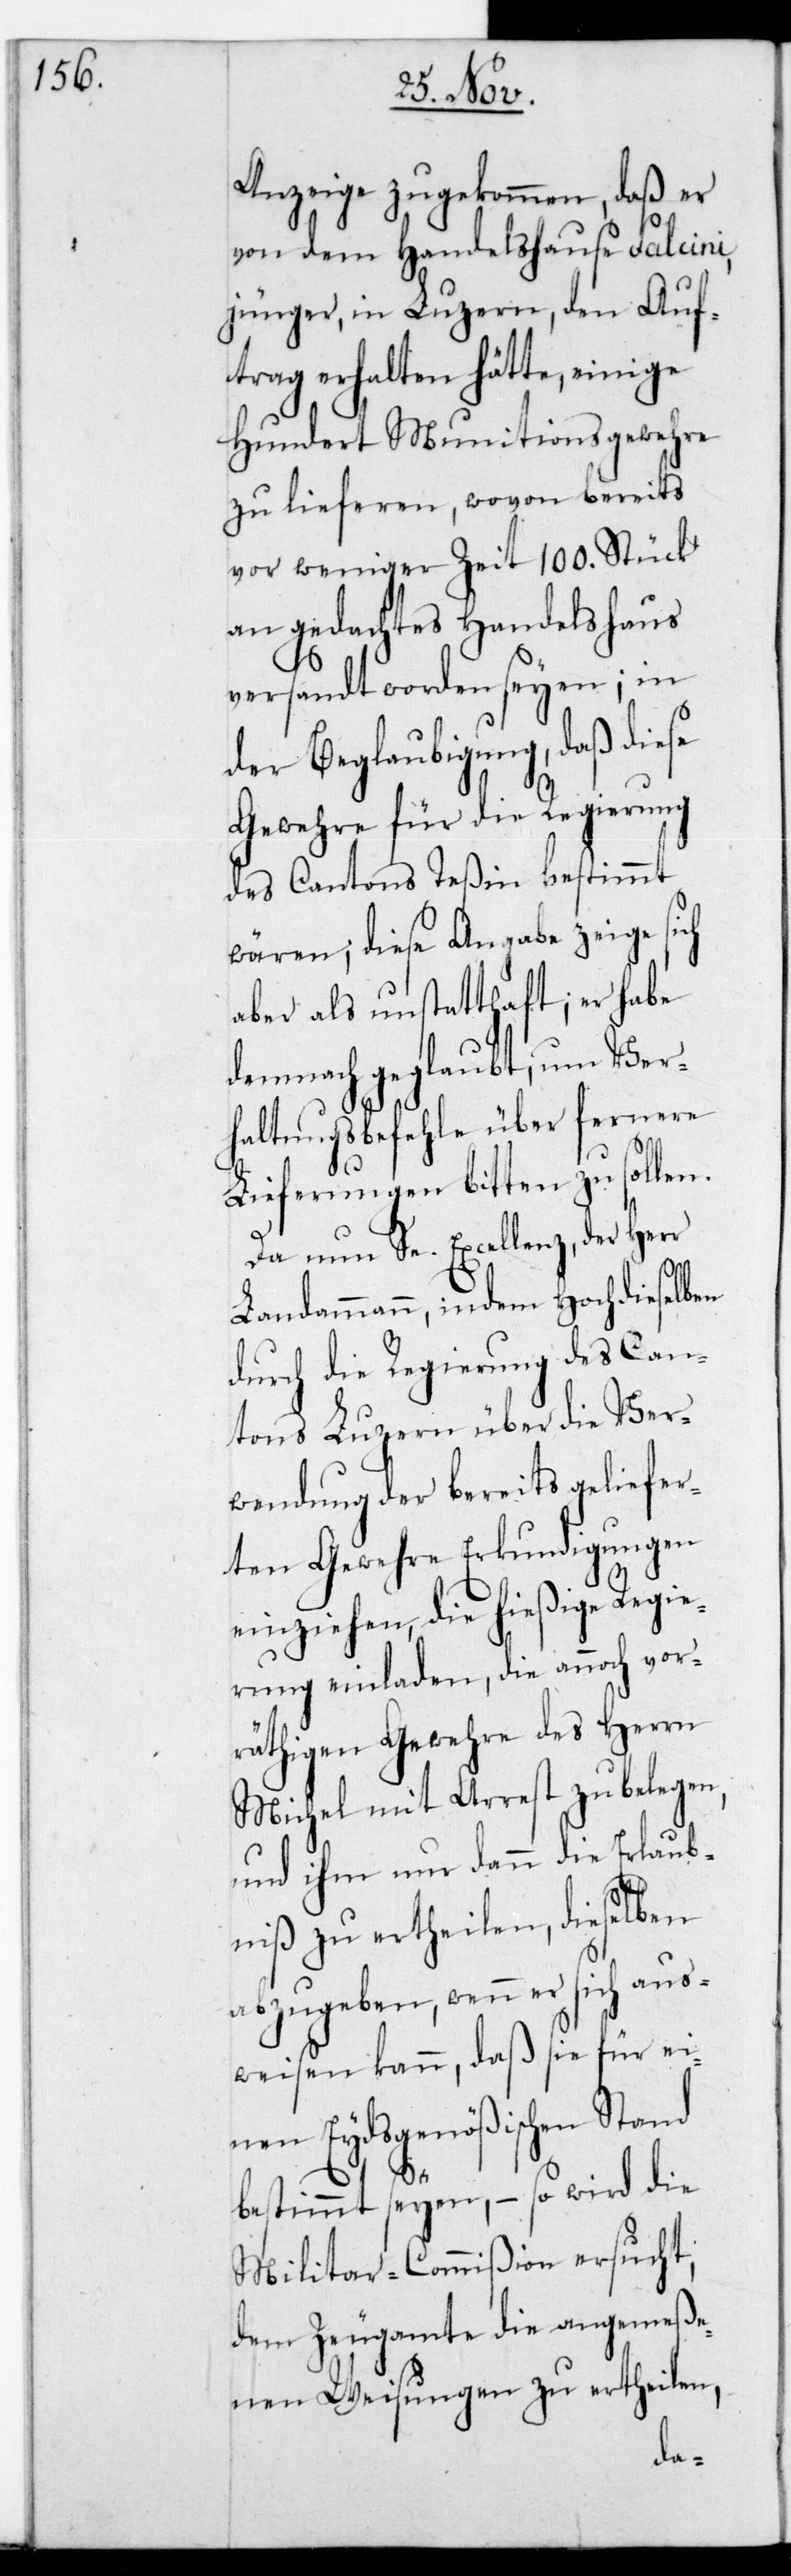
Anzeige zugekommen, daß er
von dem Handelshause Falcini,
jünger, in Luzern, den Auf¬
trag erhalten hätte, einige
hundert Munitionsgewehre
zu lieferen, wovon bereits
vor weniger Zeit 100. Stück
an gedachtes Handelshaus
versandt worden seyen; in
der Beglaubigung, daß diese
Gewehre für die Regierung
des Cantons Teßin bestimmt
wären, diese Angabe zeige sich
aber als unstatthaft; er habe
demnach geglaubt, um Ver¬
haltungsbefehle über fernere
Lieferungen bitten zu sollen.
Da nun Se. Excellenz der Herr
Landammann, indem Hochdieselben
durch die Regierung des Can¬
tons Luzern über die Ver¬
wendung der bereits geliefer¬
eten Gewehre Erkundigungen
einziehen, die hießige Regie¬
rung einladen, die annoch vor¬
rätigen Gewehre des Herrn
Michel mit Arrest zu belegen,
und ihm nur dann die Erlaub¬
niß zu ertheilen, dieselben
abzugeben, wenn er sich aus¬
weisen kann, daß sie für ei¬
nen Eydsgenößischen Stand
bestimmt seyen, – so wird die
Militar-Commißion ersucht,
dem Zeugamte die angemeße¬
nen Weisungen zu ertheilen,